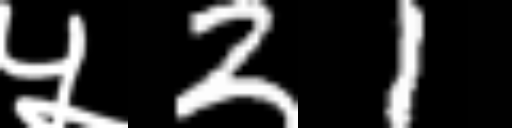
Text: ५21